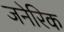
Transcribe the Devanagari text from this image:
जनेरिक